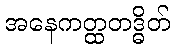
အနေကတ္ထတဒ္ဓိတ်